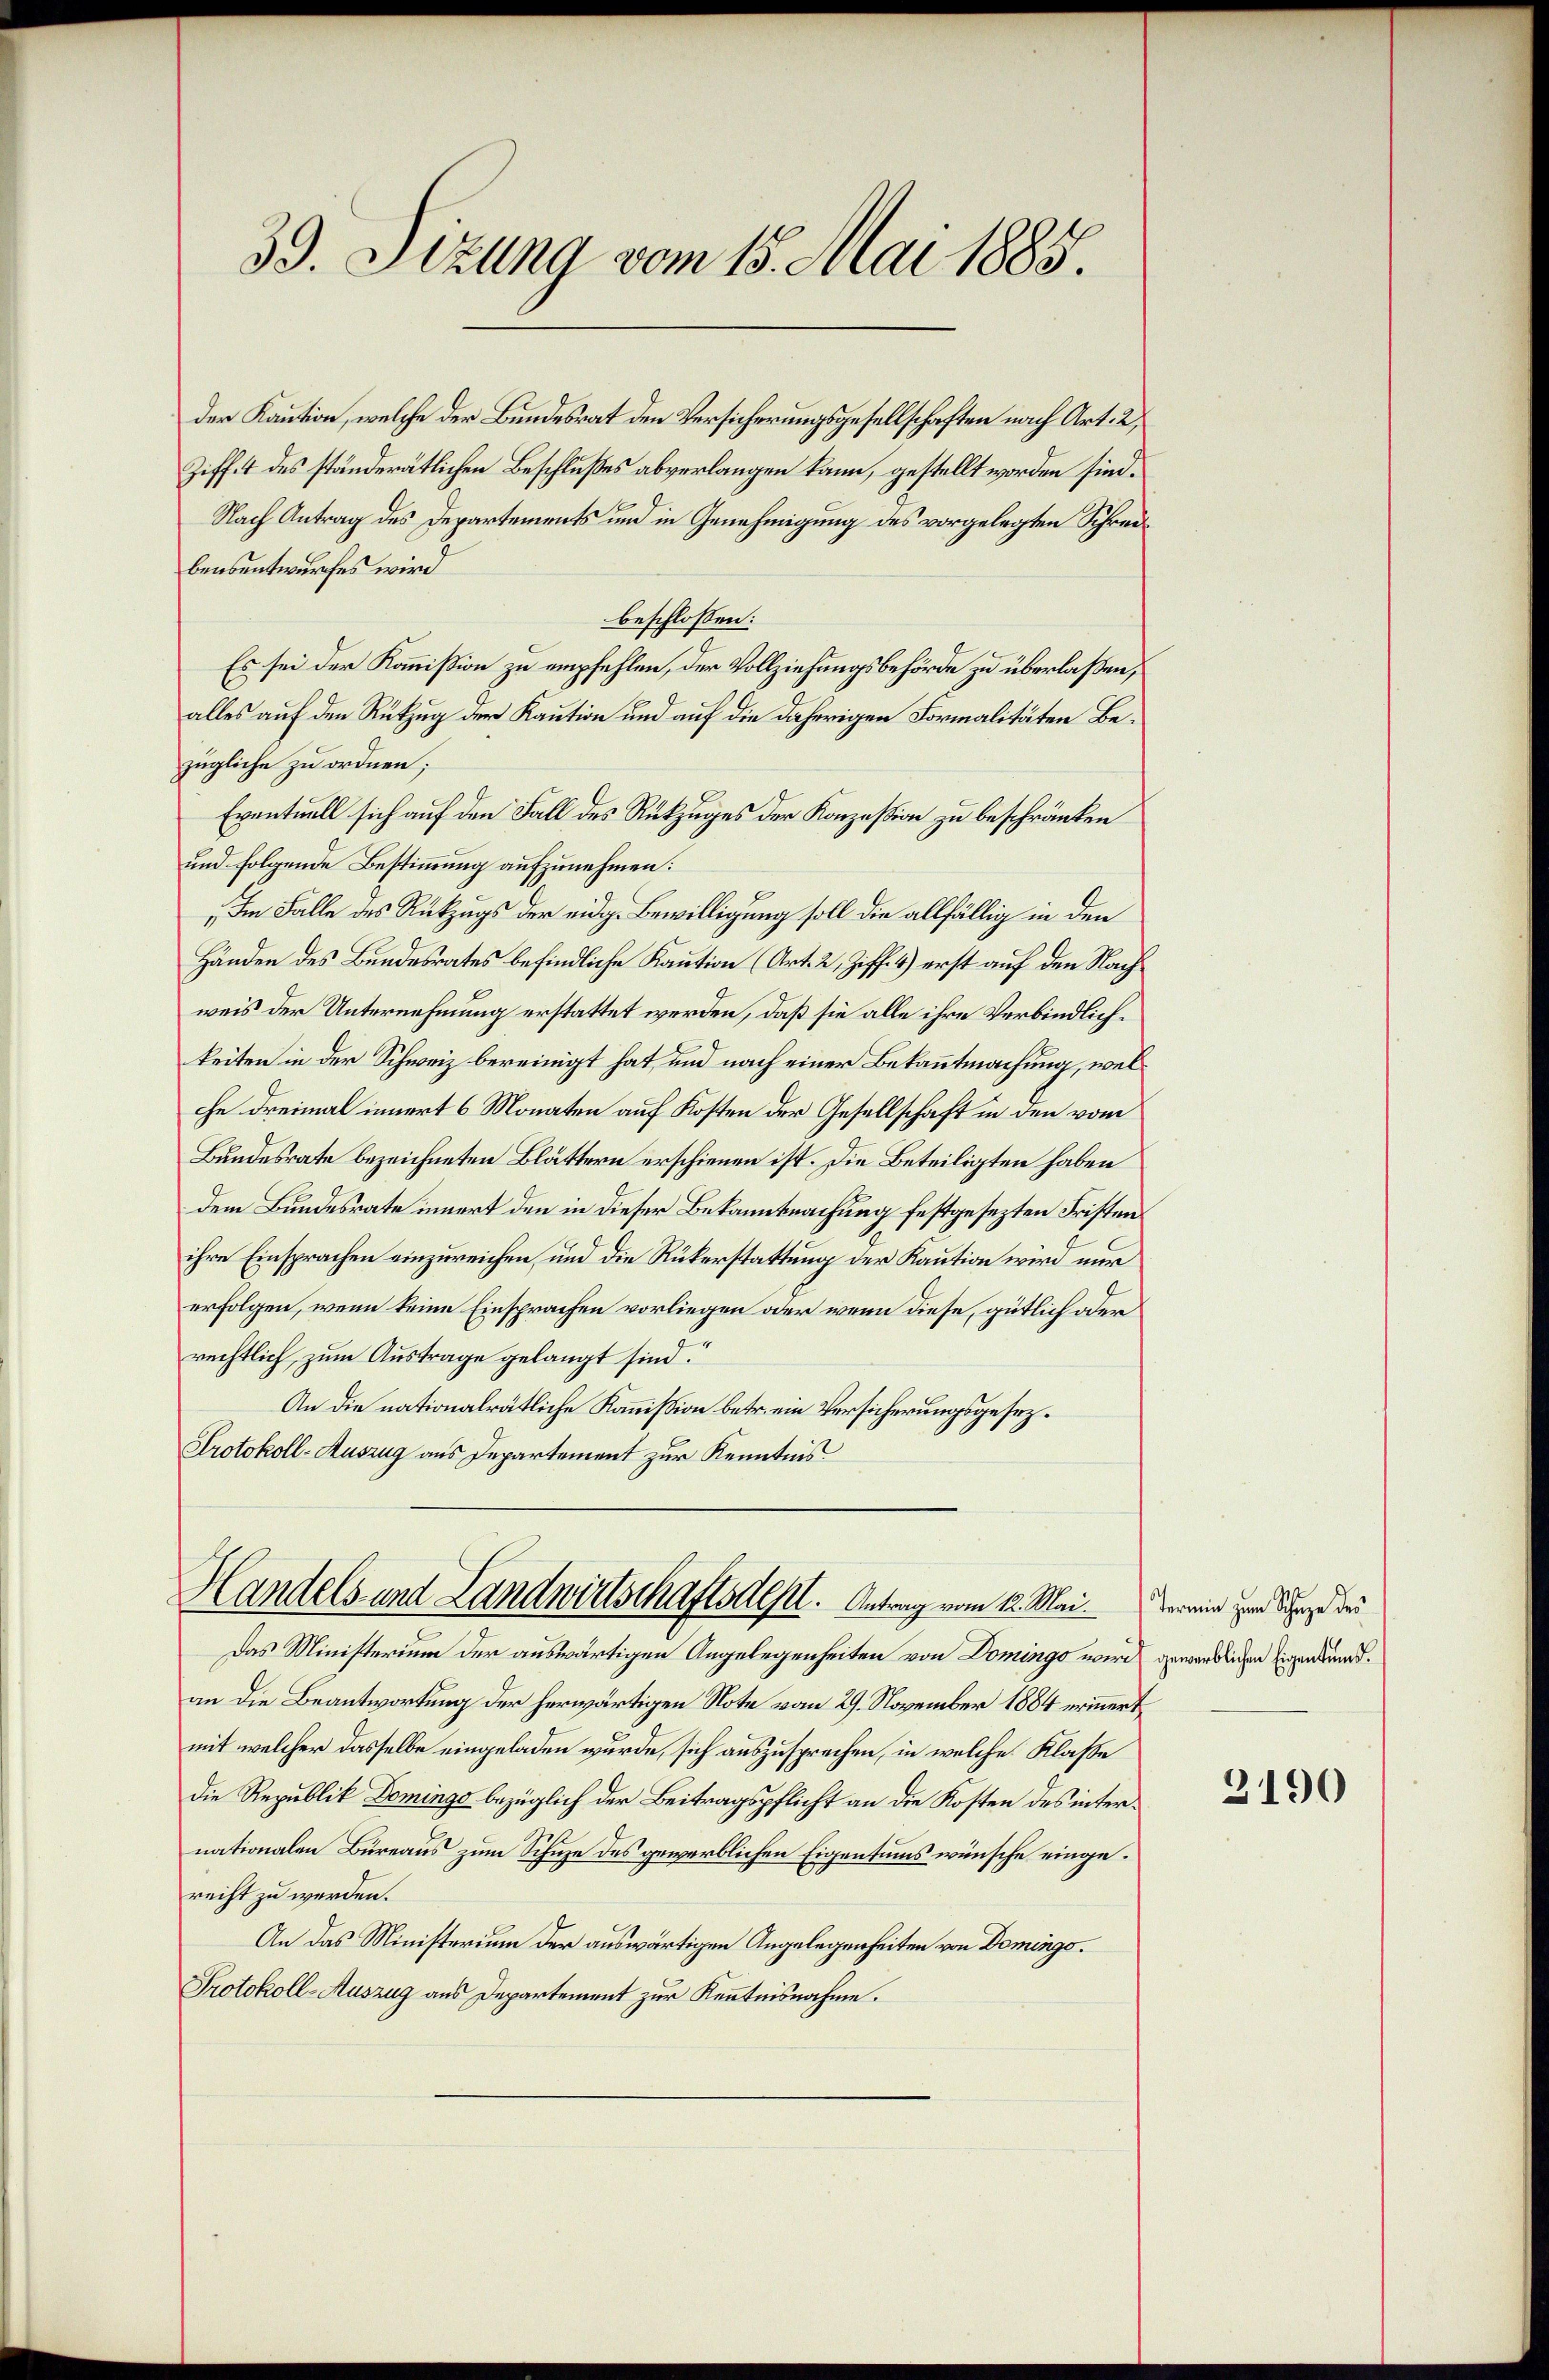
39. Sizung vom 15. Mai 1885.

der Kaution, welche der Bundesrat den Versicherungsgesellschaften nach Art. 2,
Ziff. 4 des ständerätlichen Beschlußes abverlangen kann, gestellt worden sind.
Nach Antrag des Departements und in Genehmigung des vorgelegten Schreibensentwurfes wird
beschloßen:
Es sei der Kommißion zu empfehlen, der Vollziehungsbehörde zu überlaßen,
alles auf den Rükzug der Kaution und auf die daherigen Formalitäten Bezügliche zu ordnen;
Eventuell sich auf den Fall des Rückzuges der Konzession zu beschränken
und folgende Bestimmung aufzunehmen:
Im Falle des Rückzugs der eidg. Bewilligung soll die allfällig in den
Händen des Bundesrates befindliche Kaution (Art. 2, Ziff. 4) erst auf den Nachweis der Unternehmung erstattet werden, daß sie alle ihre Verbindlichkeiten in der Schweiz bereinigt hat, und nach einer Bekanntmachung, welhe dreimal innert 6 Monaten auf Kosten der Gesellschaft in den vom
Bundesrate bezeichneten Blättern erschienen ist. Die Beteiligten haben
dem Bundesrate innert den in dieser Bekanntmachung festgesezten Fristen
ihre Einsprachen einzureichen, und die Rükerstattung der Kaution wird nur
erfolgen, wenn keine Einsprachen vorliegen oder wenn diese, gütlich oder
rechtlich, zum Austrage gelangt sind.“
An die nationalrätliche Kommißion betr. ein Versicherungsgesez¬
Protokoll-Auszug aus Departement zur Kenntnis

Handels und Landwirtschaftsdest. Antrag vom 1. Mai.

Das Ministerium der auswärtigen Angelegenheiten von Domingo wird gewerblichen Eigen kundan die Beantwortung der herwärtigen Note vom 29. November 1884 erinnert
mit welcher dasselbe eingeladen wurde, sich auszusprechen, in welche Klasse
die Republik Domings bezüglich der Beitragspflicht an die Kosten des internationalen Büreaus zum Schuze des gewerblichen Eigentums wünsche eingerecht zu werden.
An das Ministerium der auswärtigen Angelegenheiten von Domings¬
Protokoll-Auszug aus Departement zur Kenntnisnahme.

Termin zum Schaze des

3190